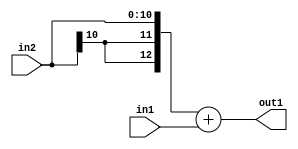
`timescale 1ps / 1ps
/*****************************************************************************
    Verilog RTL Description
    
    
    Created by: Stratus DpOpt 2019.1.01 
*******************************************************************************/

module SobelFilter_Add_11Sx11U_13S_4 (
	in2,
	in1,
	out1
	); /* architecture "behavioural" */ 
input [10:0] in2,
	in1;
output [12:0] out1;
wire [12:0] asc001;

assign asc001 = 
	+({{2{in2[10]}}, in2})
	+(in1);

assign out1 = asc001;
endmodule

/* CADENCE  ubH3TQ8= : u9/ySgnWtBlWxVPRXgAZ4Og= ** DO NOT EDIT THIS LINE ******/